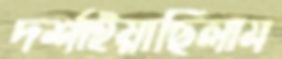
দর্শাইয়াছিলাম